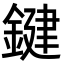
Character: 鍵